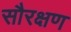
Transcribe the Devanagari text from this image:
सौरक्षण